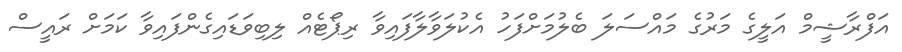
އަފްރާޝީމް އަލީގެ މަރުގެ މައްސަލަ ބެލުމަށްފަހު އެކުލަވާލާފައިވާ ރިޕޯޓެއް ލިބިވަޑައިގެންފައިވާ ކަމަށް ރައީސް